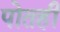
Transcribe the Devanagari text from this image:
पोतही